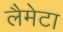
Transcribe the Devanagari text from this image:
लैमेटा